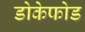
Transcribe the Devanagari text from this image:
डोकेफोड